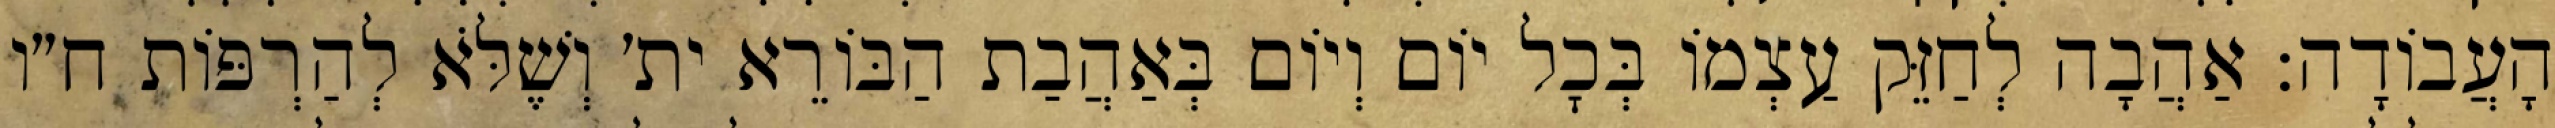
הָעֲבוֹדָה: אַהֲבָה לְחַזֵּק עַצְמוֹ בְּכׇל יוֹם וְיוֹם בְּאַהֲבַת הַבּוֹרֵא ית׳ וְשֶׁלֹּא לְהַרְפּוֹת ח״ו